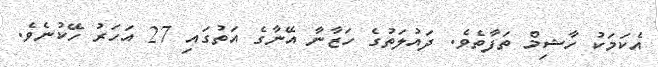
އެކަމަކު ހާޝިމް ތަފާތެވެ. ދައުލަތުގެ ހަޒާނާ އޭނާގެ އަތުގައި 27 އަހަރު ހޭކުނެވެ.